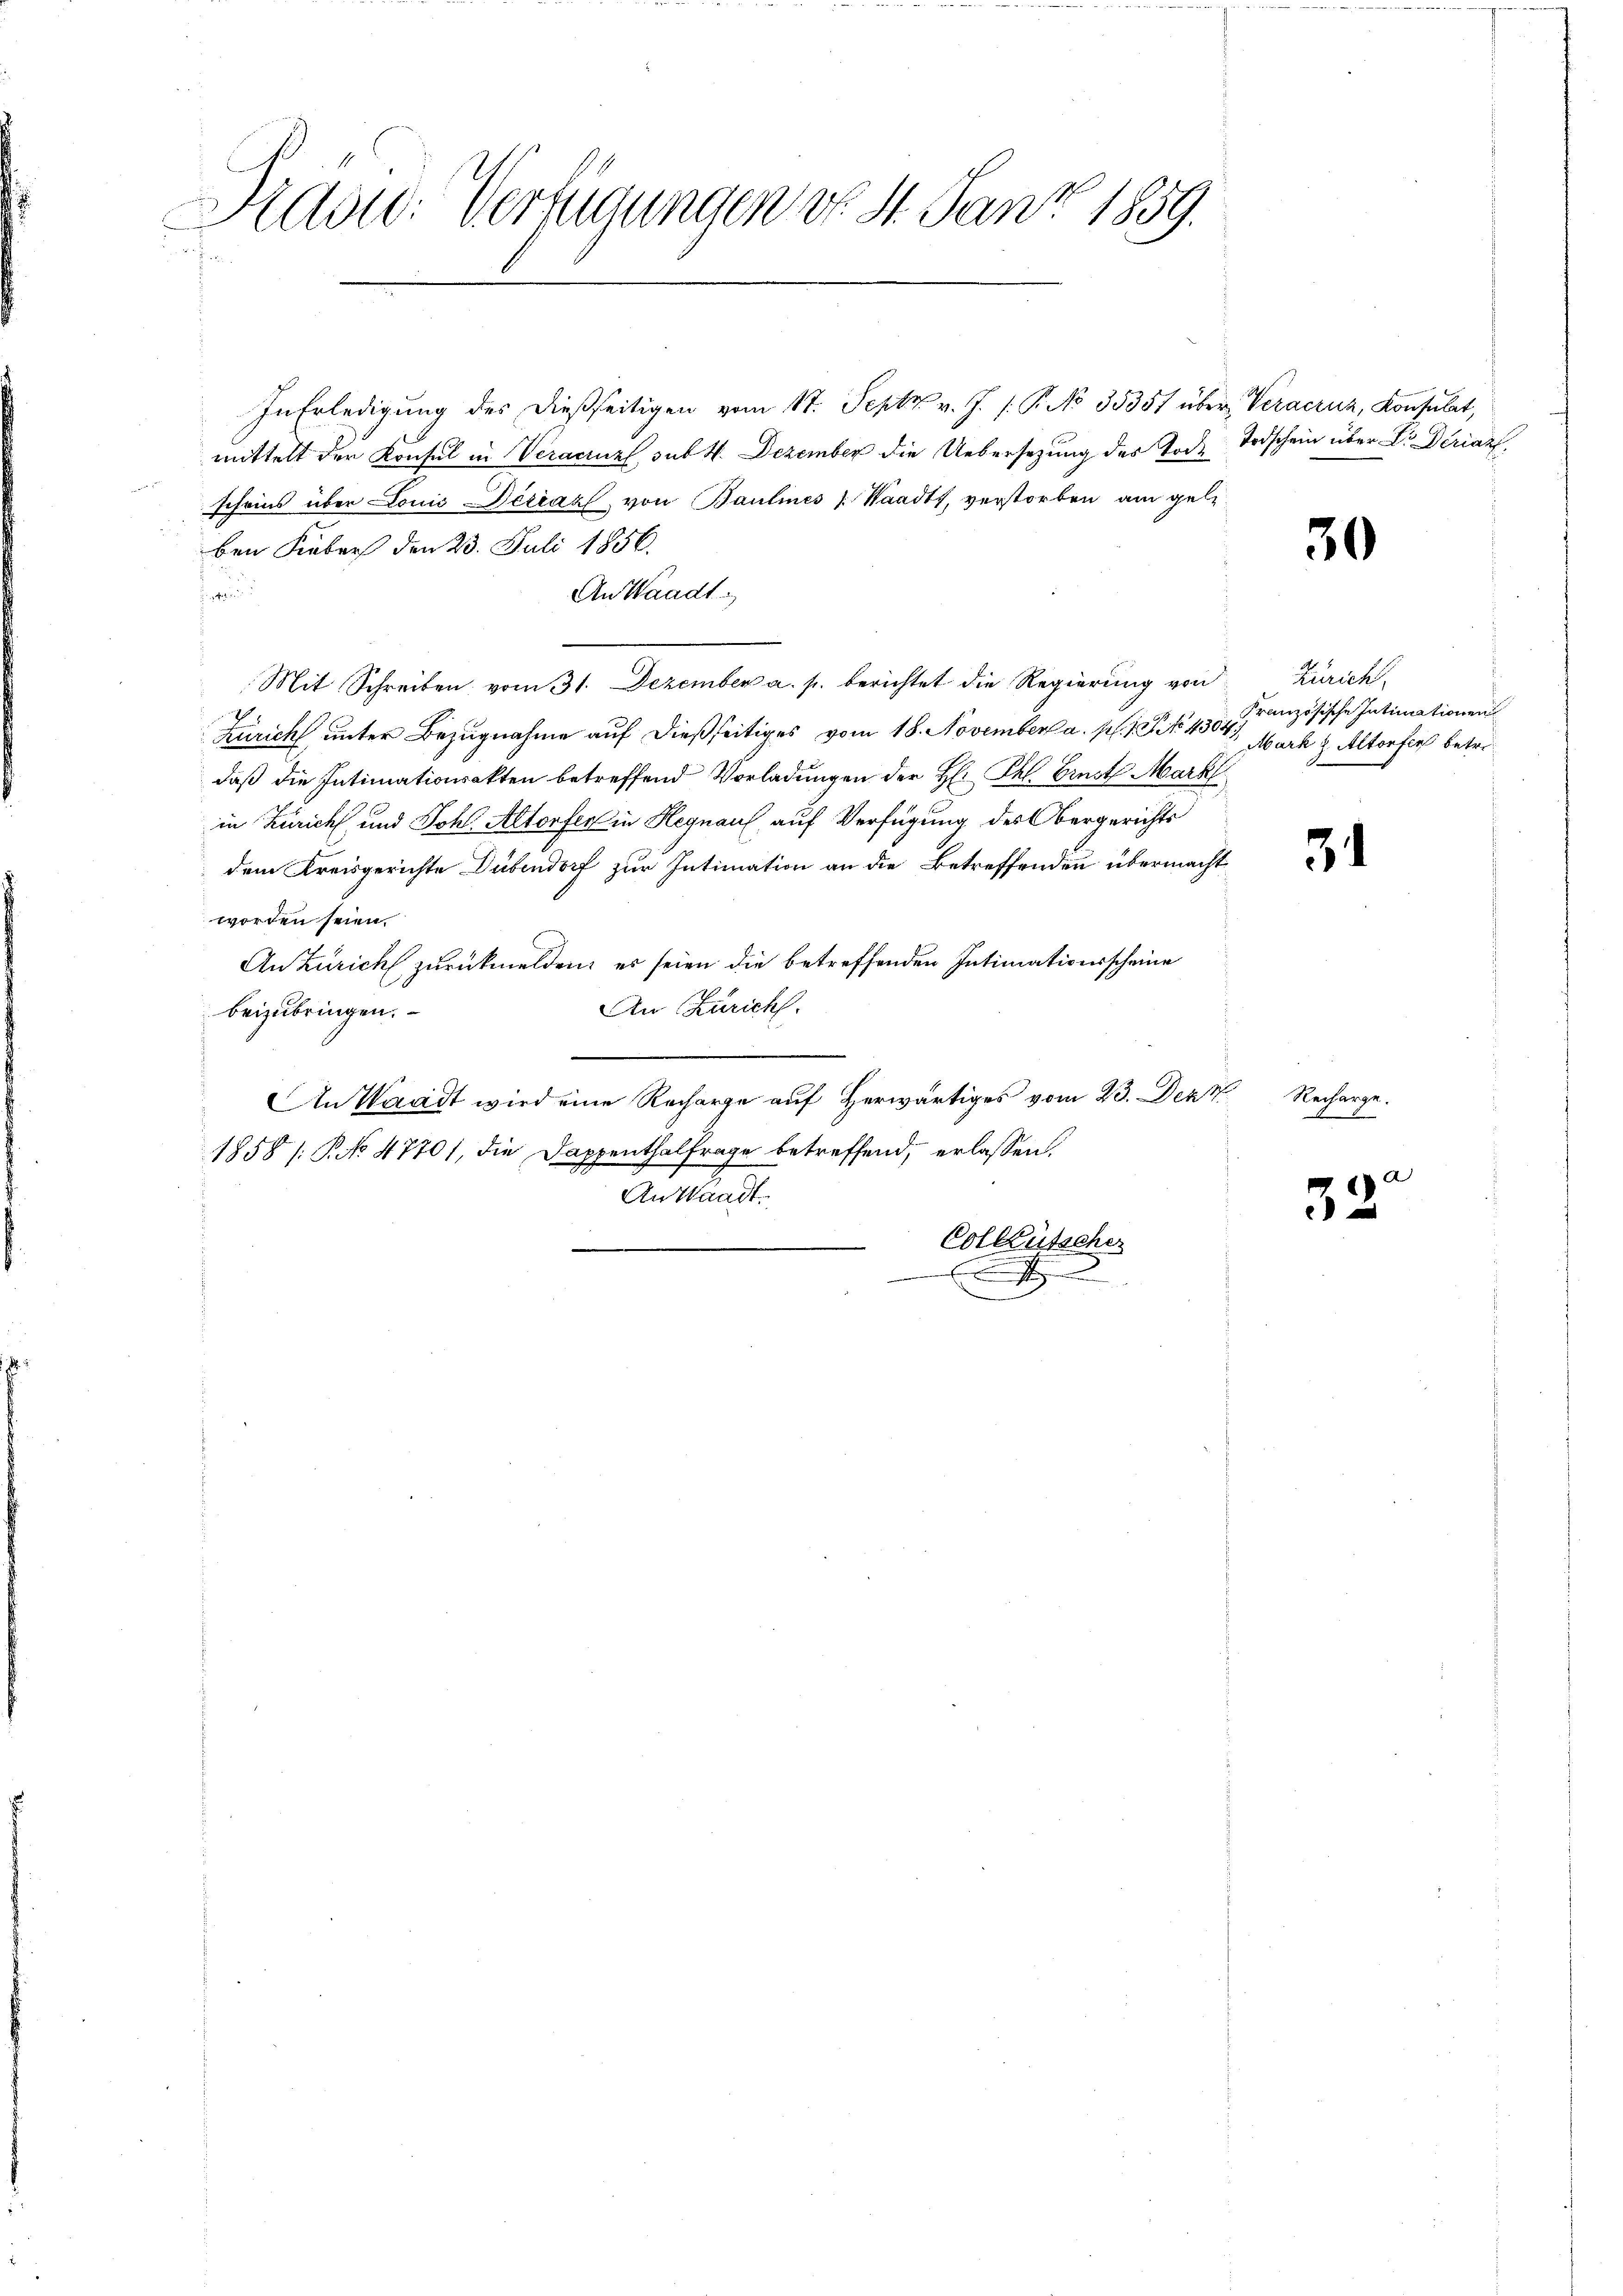
Addid: Verfügungen vor. St. Janz 1859.

In Erledigung des dießseitigen vom 17. Sept v. J. J. P. No 35357 über Veraczuz, Konsulat,
mittelt der Konsul in Veracruzl, sub N. Dezember die Uebersetzung des Tode Todschein über Dr. Deriaz
scheins über Louis Desiaz, von Baulines Waadt, verstorben am gele
ben Fieber den 23. Juli 1856.
d
An Waadt
Mit Schreiben vom 31. Dezember a. p. berichtet die Regierung von Zürich,
7
Zürich unter Bezugnahme auf dießseitiges vom 18. November a. p. 1. J. No 4304
daß die Intimationsakten betreffend Vorladungen der H: Frl. Ernst Mark
in Zürich, und Johs. Altorfer in Hegnau auf Verfügung des Obergerichts
dem Kreisgerichte Dübendorf zur Intimation an die Betreffenden übermacht
worden seien.
An Zürich zurückmelden, er seien die betreffenden Intimationsscheine
An Zürich.
beizubringen.
An Waadt wird eine Recharge auf Herwärtiges vom 23. Dez
1858 /: P. No 4770), die Dappenthalfrage betreffend, erlassen.
Anttaadt.
Colleütscher

Französische Intimationen
Mark z. Altorfer betri

30

3

Recharge.

33